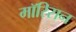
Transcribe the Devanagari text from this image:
मॉरिसन